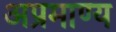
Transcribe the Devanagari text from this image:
अप्रमाण्‍य